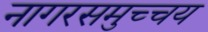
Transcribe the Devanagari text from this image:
नागरसमुच्चय